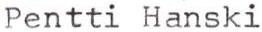
Pentti Hanski